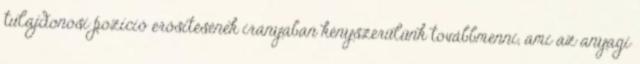
tulajdonosi pozíció erősítésének irányában kényszerülünk továbbmenni, ami az anyagi